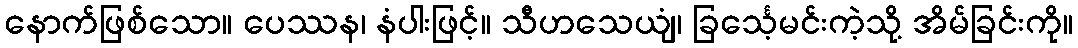
နောက်ဖြစ်သော။ ပေဿန၊ နံပါးဖြင့်။ သီဟသေယျံ၊ ခြင်္သေ့မင်းကဲ့သို့ အိမ်ခြင်းကို။